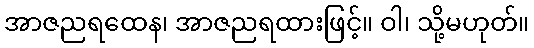
အာဇညရထေန၊ အာဇညရထားဖြင့်။ ဝါ၊ သို့မဟုတ်။